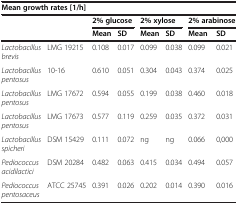
<table><thead><tr><td colspan="8"><b>Mean growth rates [1/h]</b></td></tr><tr><td><b> </b></td><td><b> </b></td><td colspan="2"><b>2% glucose</b></td><td colspan="2"><b>2% xylose</b></td><td colspan="2"><b>2% arabinose</b></td></tr><tr><td><b> </b></td><td><b> </b></td><td><b>Mean</b></td><td><b>SD</b></td><td><b>Mean</b></td><td><b>SD</b></td><td><b>Mean</b></td><td><b>SD</b></td></tr></thead><tbody><tr><td><i>Lactobacillus brevis</i></td><td>LMG 19215</td><td>0.108</td><td>0.017</td><td>0.099</td><td>0.038</td><td>0.099</td><td>0.021</td></tr><tr><td><i>Lactobacillus pentosus</i></td><td>10-16</td><td>0.610</td><td>0.051</td><td>0.304</td><td>0.043</td><td>0.374</td><td>0.025</td></tr><tr><td><i>Lactobacillus pentosus</i></td><td>LMG 17672</td><td>0.594</td><td>0.055</td><td>0.199</td><td>0.038</td><td>0.460</td><td>0.018</td></tr><tr><td><i>Lactobacillus pentosus</i></td><td>LMG 17673</td><td>0.577</td><td>0.119</td><td>0.259</td><td>0.035</td><td>0.372</td><td>0.031</td></tr><tr><td><i>Lactobacillus spicheri</i></td><td>DSM 15429</td><td>0.111</td><td>0.072</td><td>ng</td><td>ng</td><td>0.066</td><td>0,000</td></tr><tr><td><i>Pediococcus acidilactici</i></td><td>DSM 20284</td><td>0.482</td><td>0.063</td><td>0.415</td><td>0.034</td><td>0.494</td><td>0.057</td></tr><tr><td><i>Pediococcus pentosaceus</i></td><td>ATCC 25745</td><td>0.391</td><td>0.026</td><td>0.202</td><td>0.014</td><td>0.390</td><td>0.016</td></tr></tbody></table>